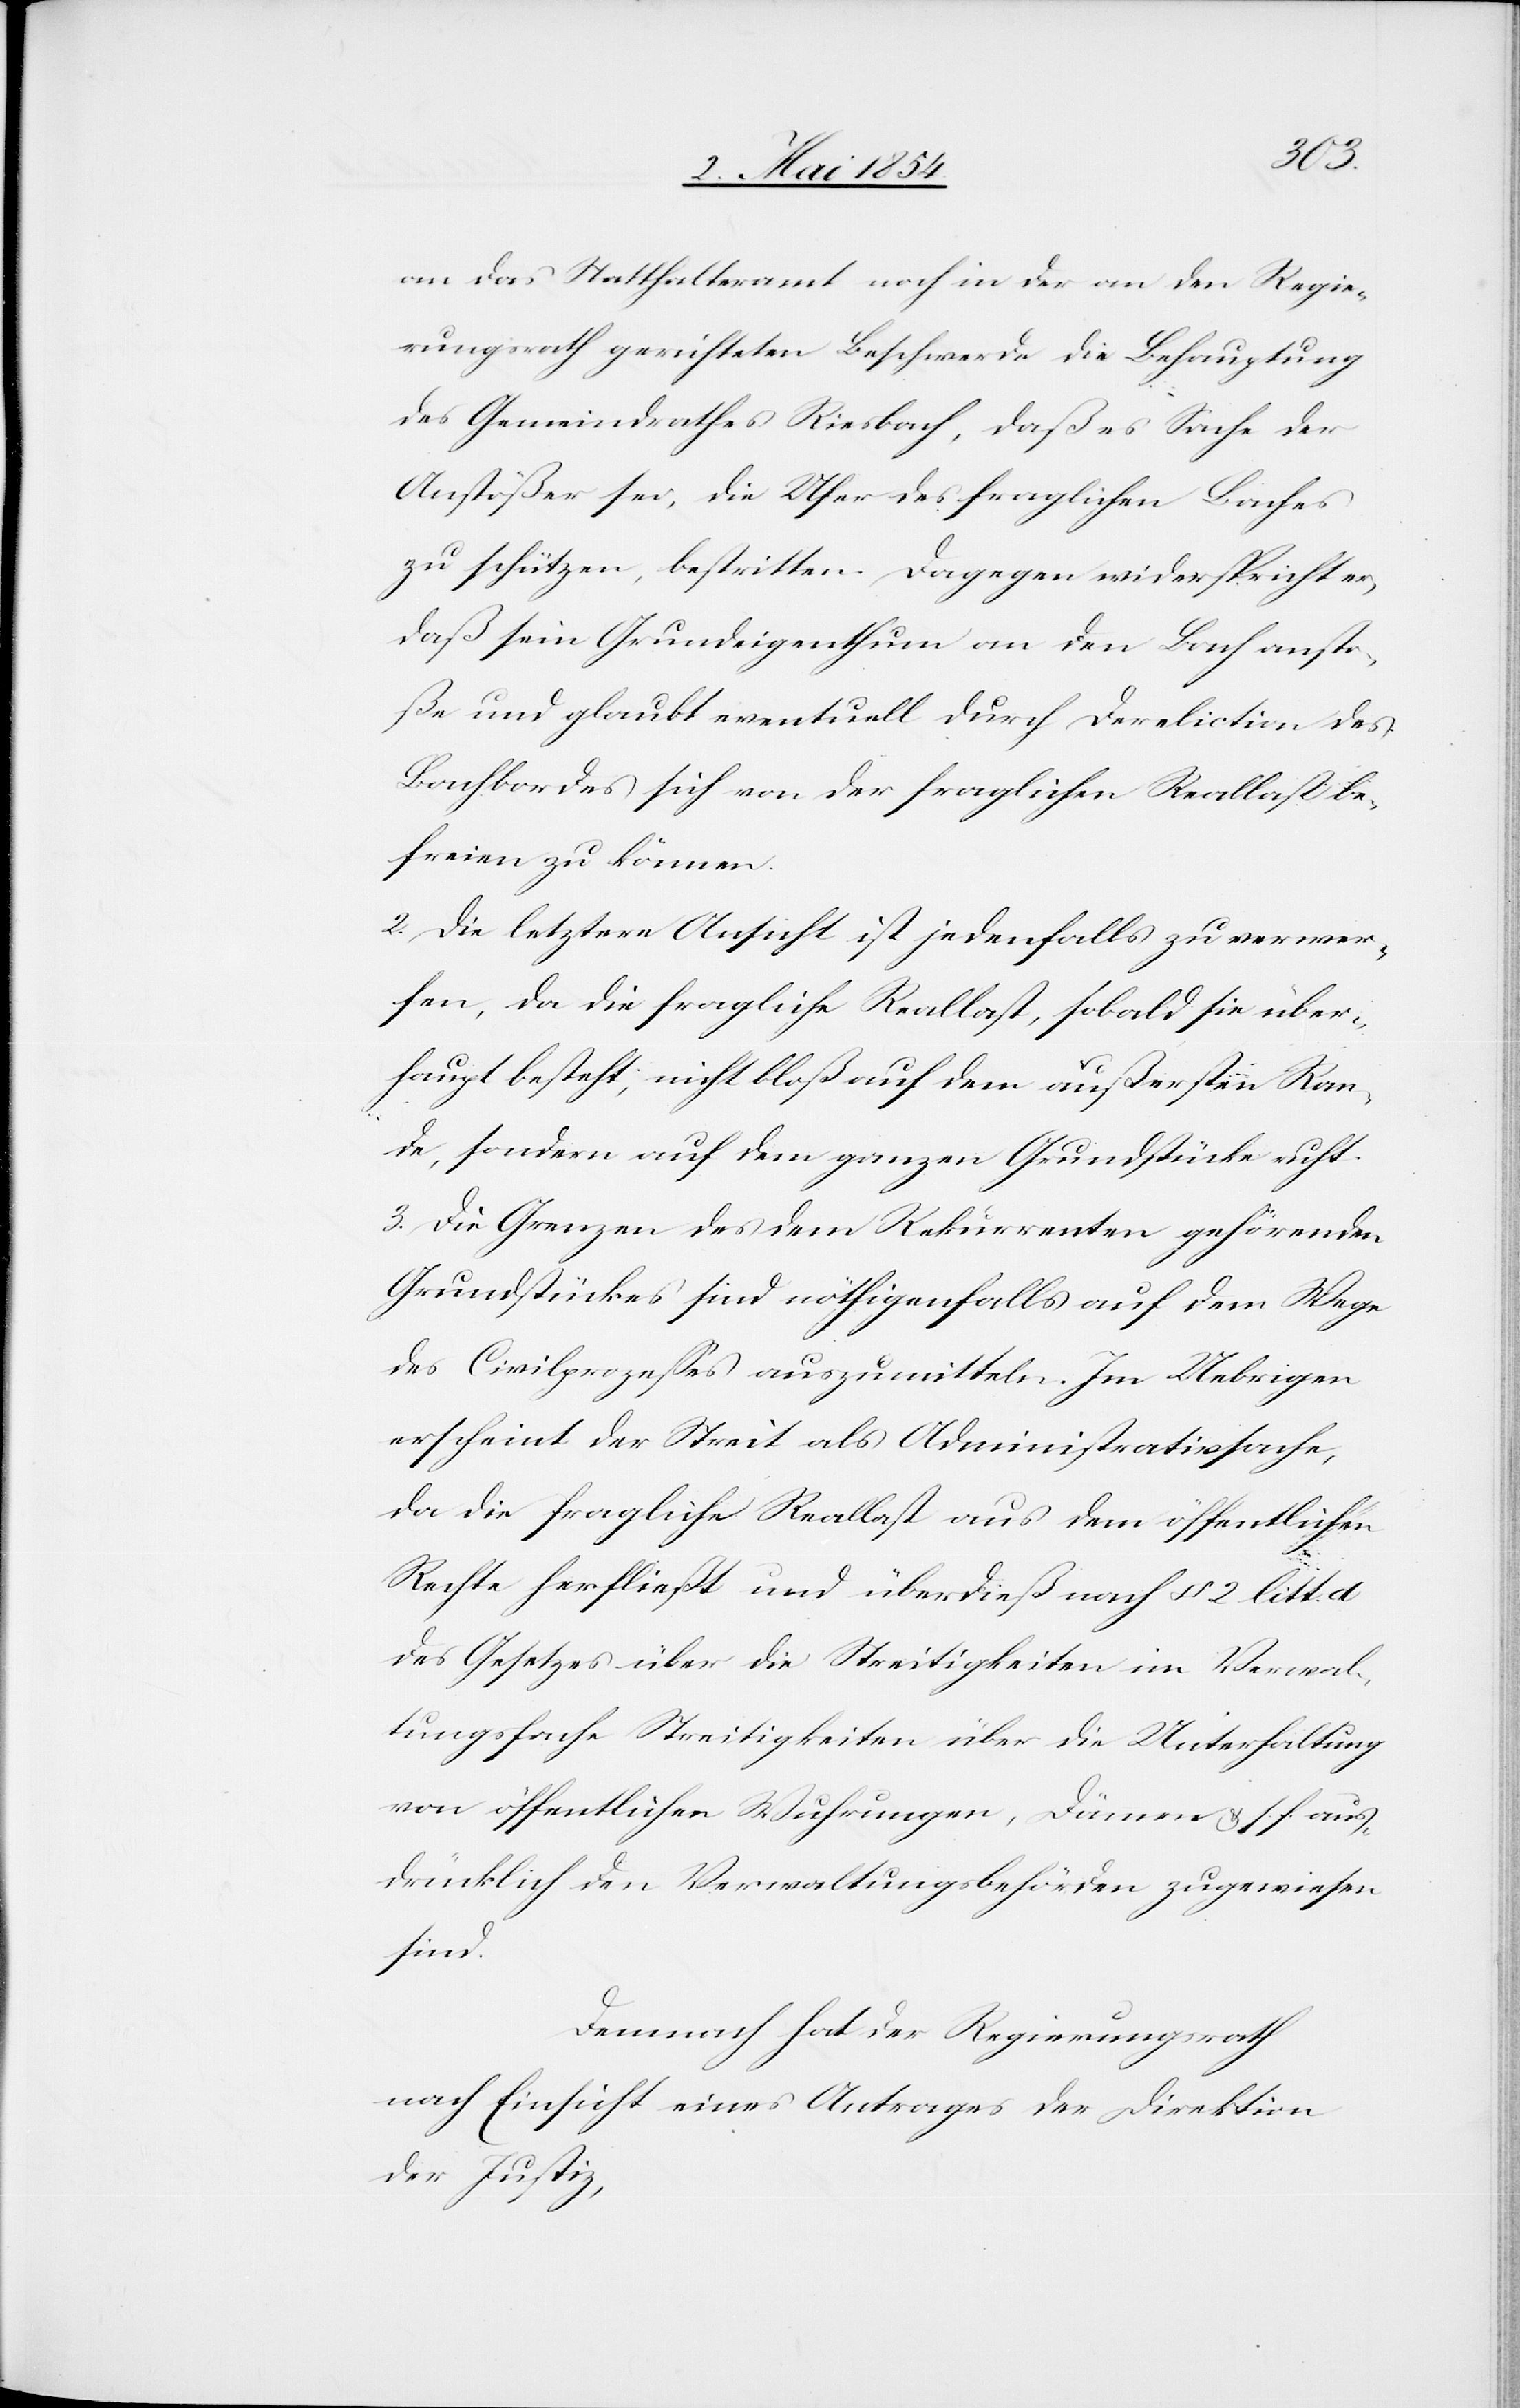
an das Statthalteramt noch in der an den Regie¬
rungsrath gerichteten Beschwerde die Behauptung
des Gemeindrathes Riesbach, daß es Sache der
Anstößer sei, die Ufer des fraglichen Baches
zu schützen, bestritten. Dagegen widerspricht er,
daß sein Grundeigenthum an den Bach ansto¬
ße und glaubt eventuell durch Dereliction des
Bachbordes sich von der fraglichen Reallast be¬
freien zu können.
2. Die letztere Ansicht ist jedenfalls zu verwer¬
fen, da die fragliche Reallast, sobald sie über¬
haupt besteht, nicht bloß auf dem äußersten Ran¬
de, sondern auf dem ganzen Grundstücke ruht.
3. Die Grenzen des dem Rekurrenten gehörenden
Grundstückes sind nöthigenfalls auf dem Wege
des Civilprozeßes auszumitteln. Im Uebrigen
erscheint der Streit als Administrativsache,
da die fragliche Reallast aus dem öffentlichen
Rechte herfließt und überdieß nach § 2 litt. d
des Gesetzes über die Streitigkeiten im Verwal¬
tungsfache Streitigkeiten über die Unterhaltung
von öffentlichen Wuhrungen, Dämme u. s. f. aus¬
drücklich den Verwaltungsbehörden zugewiesen
sind.
Demnach hat der Regierungsrath
nach Einsicht eines Antrages der Direktion
der Justiz,